Voisiku_vallavalitsus, lk 139
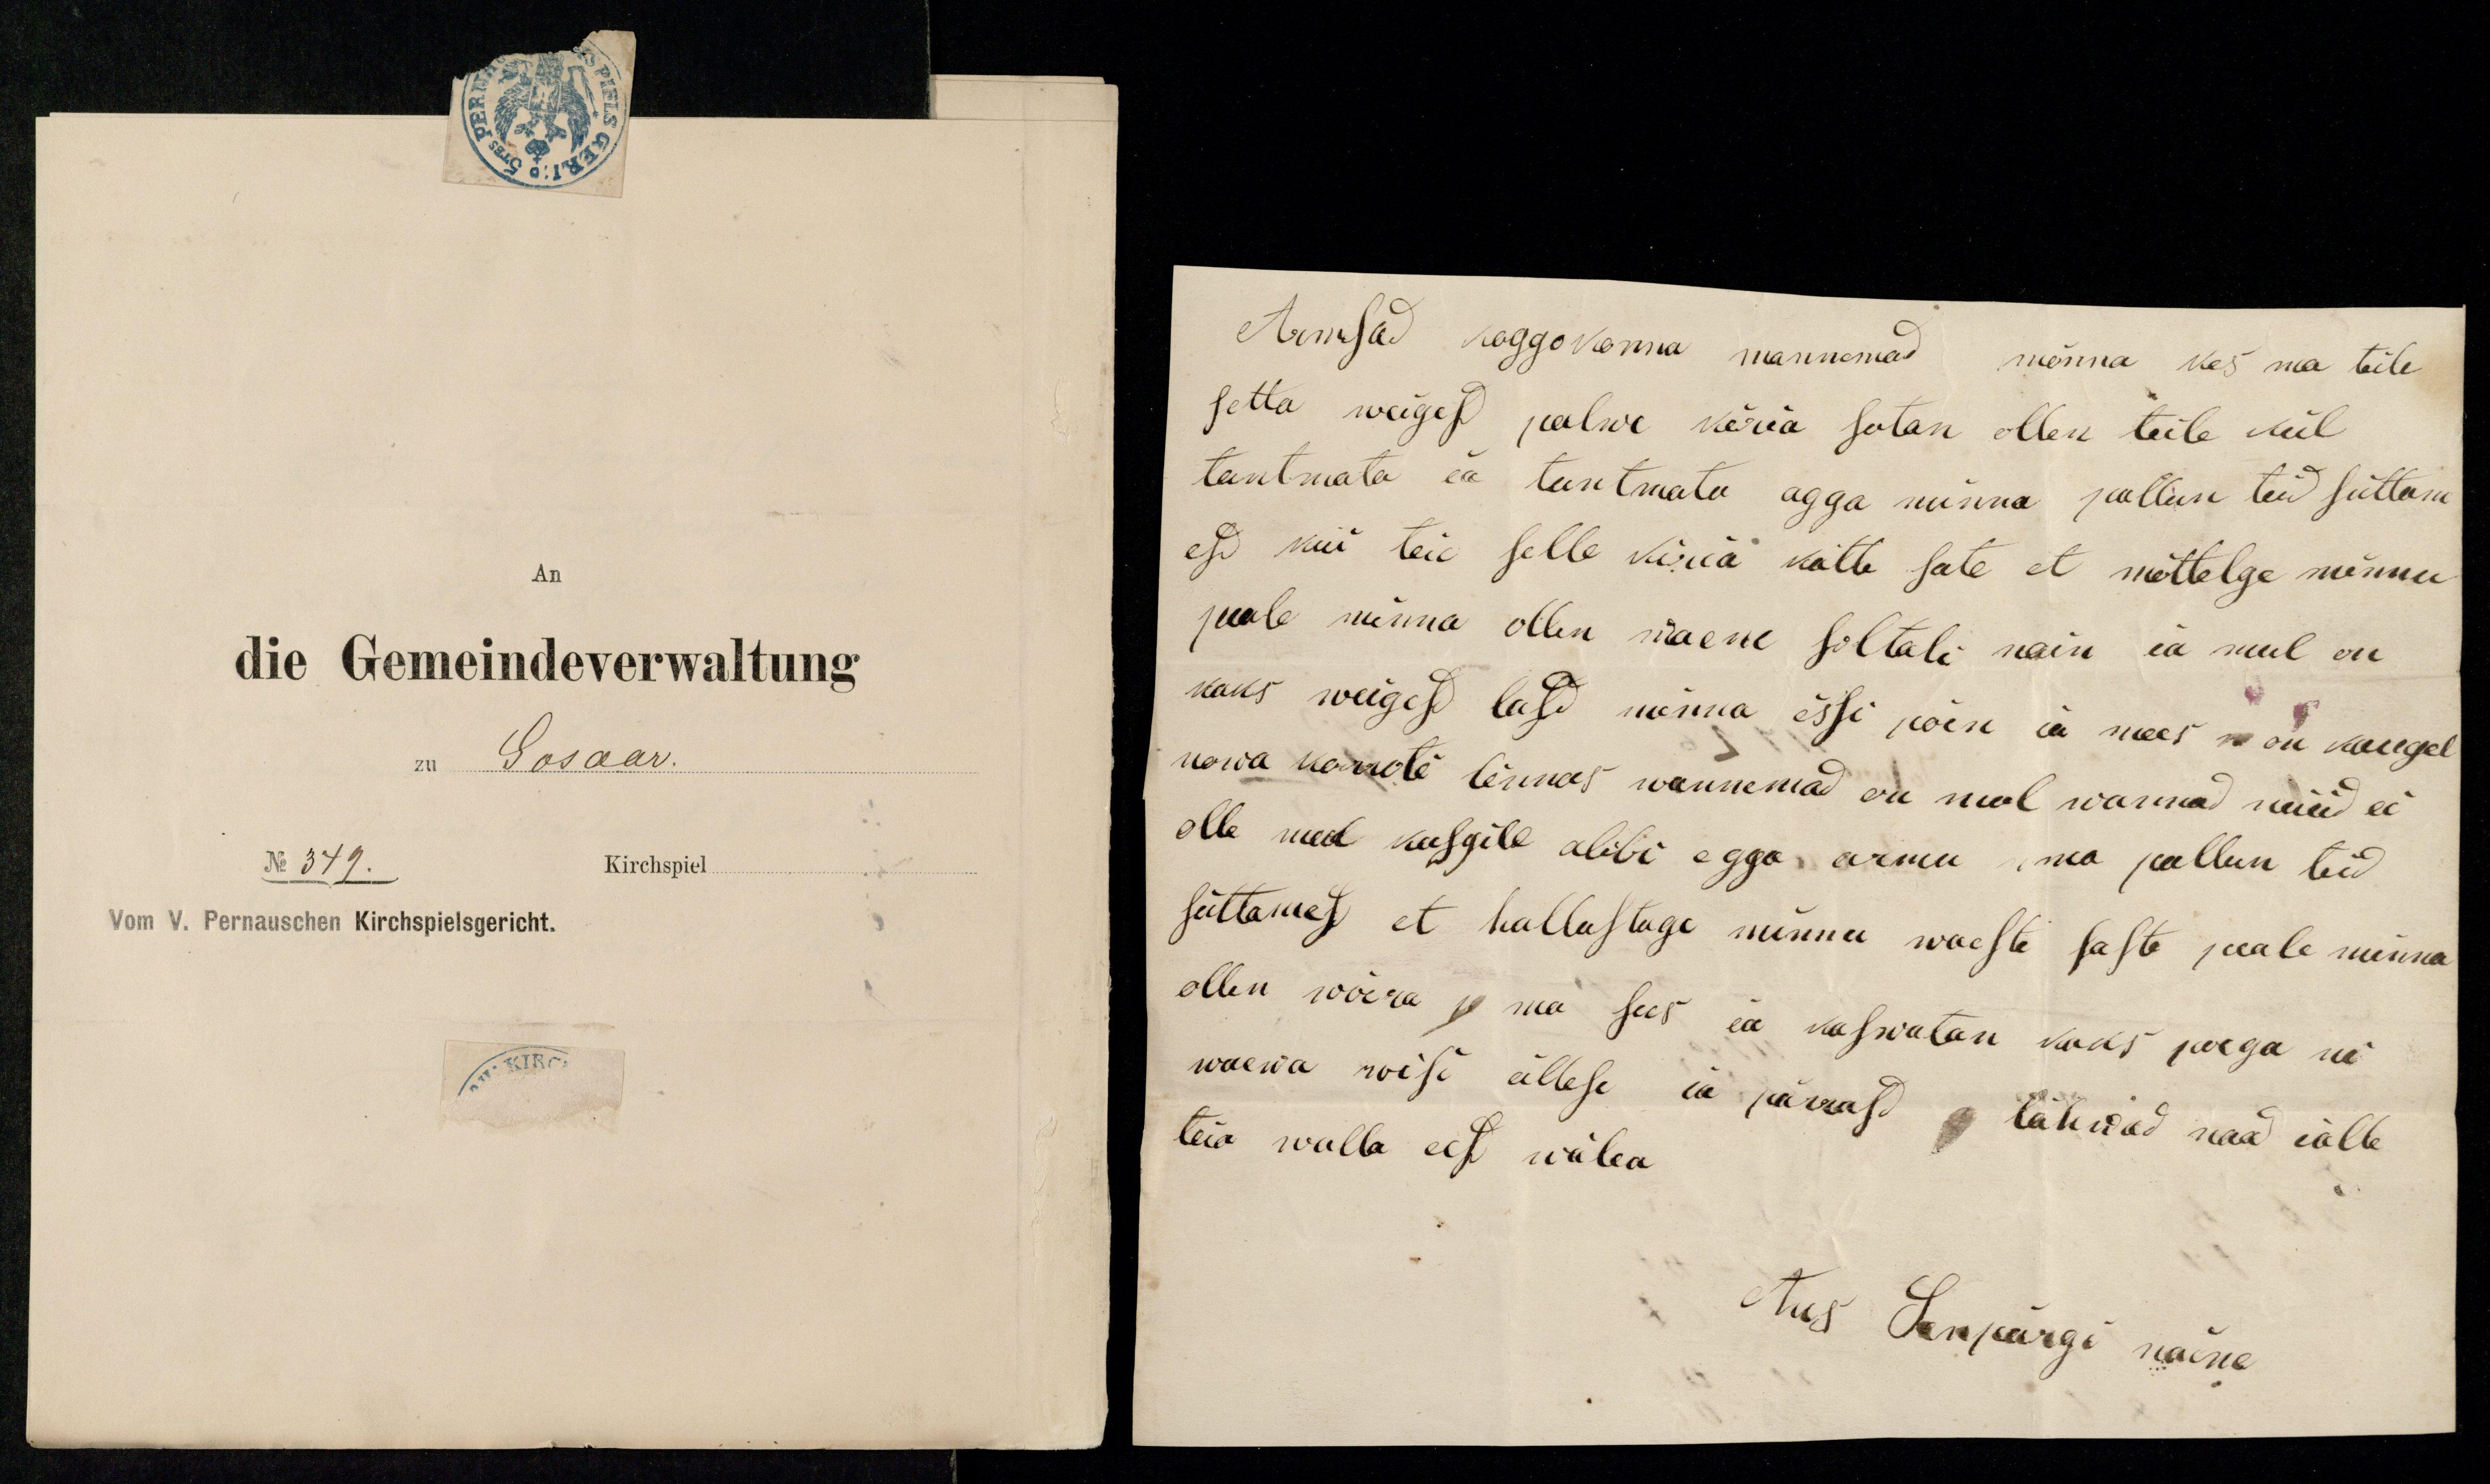
Armsad koggokonna wannemad mõnna kes ma teile
setta weigesd palwe kiria satan ollen teile kül
tuntmata ia tuntmatu agga minna pallun teid süttam-
esd kui teie selle kiria kätte sate et mõttelge minnu
peale minna ollen waene soltati nain ei mul on
kaks weigesd last minno essi poik ia mees n on kaugel
nowa karrota linnas wannemad on mul wannad nüüd ei
olle meel kusgile abbi egga armu ma pallun teid
süttames et hallastage minnu waeste laste peale minna
ollen wõera j ma sees ia kaswatan kaks poega ni
teia walla ees wälea
waewa roisi üllese ia pärrast lähwad nad ialle
Aus Senpärgi naine